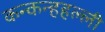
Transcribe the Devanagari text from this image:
कन्कन्हहल्ली